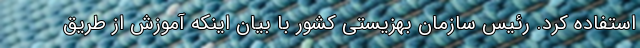
استفاده کرد. رئیس سازمان بهزیستی کشور با بیان اینکه آموزش از طریق